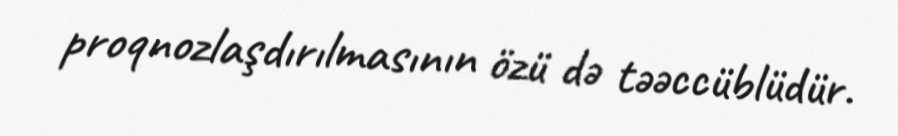
proqnozlaşdırılmasının özü də təəccüblüdür.